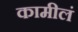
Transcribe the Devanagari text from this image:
कामीलं